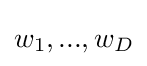
w_{1},...,w_{D}